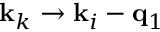
\mathbf { k } _ { k } \rightarrow \mathbf { k } _ { i } - \mathbf { q } _ { 1 }